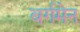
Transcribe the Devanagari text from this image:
बर्गमेन